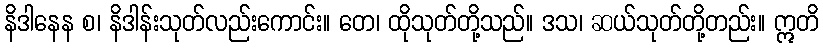
နိဒါနေန စ၊ နိဒါန်းသုတ်လည်းကောင်း။ တေ၊ ထိုသုတ်တို့သည်။ ဒသ၊ ဆယ်သုတ်တို့တည်း။ ဣတိ